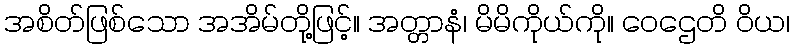
အစိတ်ဖြစ်သော အအိမ်တို့ဖြင့်။ အတ္တာနံ၊ မိမိကိုယ်ကို။ ဝေဌေတိ ဝိယ၊